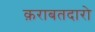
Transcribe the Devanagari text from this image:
क़राबतदारो